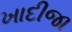
ખાદીજા